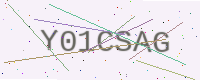
Text: Y01CSAG